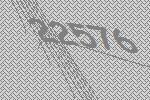
22576